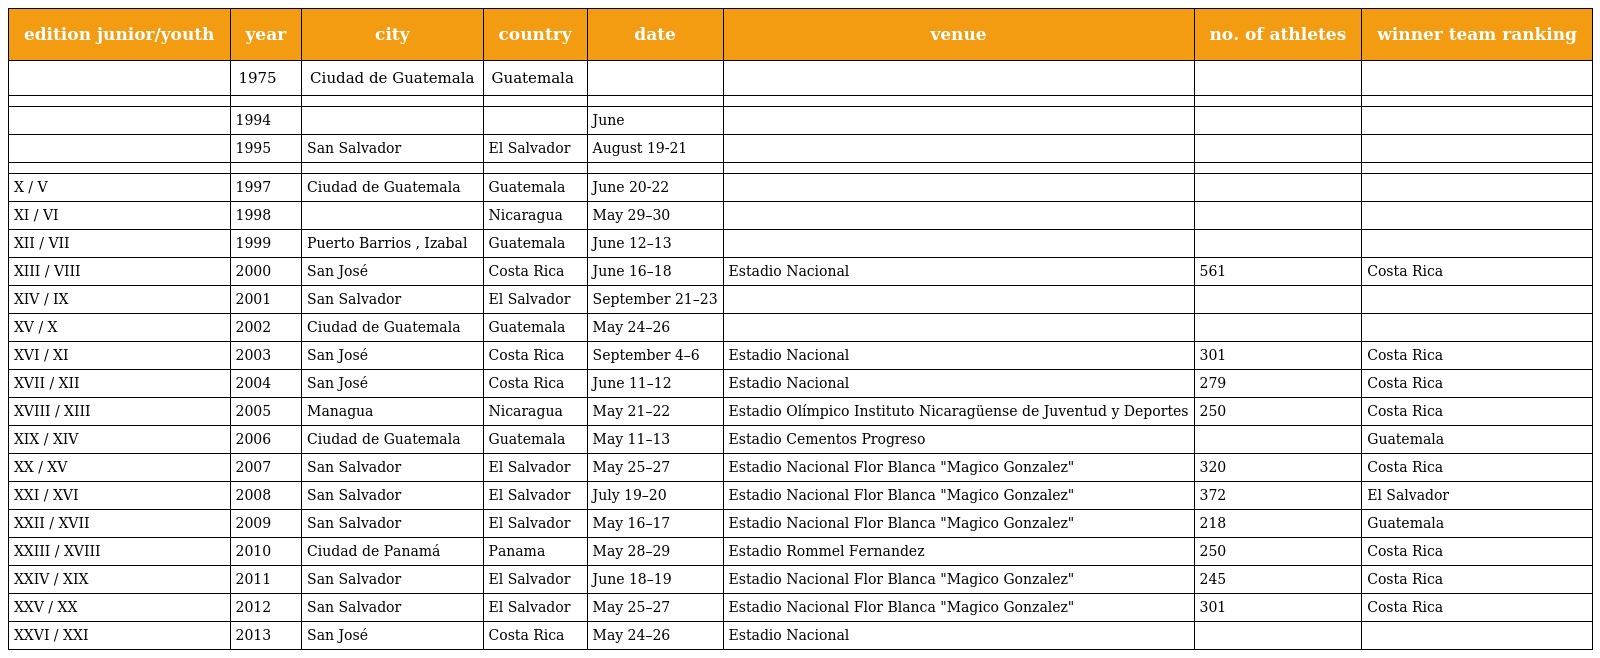
| edition junior/youth | year | city | country | date | venue | no. of athletes | winner team ranking |
 | --- | --- | --- | --- | --- | --- | --- | --- |
 |  | 1975 | Ciudad de Guatemala | Guatemala |  |  |  |  |
 |  |  |  |  |  |  |  |  |
 |  | 1994 |  |  | June |  |  |  |
 |  | 1995 | San Salvador | El Salvador | August 19-21 |  |  |  |
 |  |  |  |  |  |  |  |  |
 | X / V | 1997 | Ciudad de Guatemala | Guatemala | June 20-22 |  |  |  |
 | XI / VI | 1998 |  | Nicaragua | May 29–30 |  |  |  |
 | XII / VII | 1999 | Puerto Barrios , Izabal | Guatemala | June 12–13 |  |  |  |
 | XIII / VIII | 2000 | San José | Costa Rica | June 16–18 | Estadio Nacional | 561 | Costa Rica |
 | XIV / IX | 2001 | San Salvador | El Salvador | September 21–23 |  |  |  |
 | XV / X | 2002 | Ciudad de Guatemala | Guatemala | May 24–26 |  |  |  |
 | XVI / XI | 2003 | San José | Costa Rica | September 4–6 | Estadio Nacional | 301 | Costa Rica |
 | XVII / XII | 2004 | San José | Costa Rica | June 11–12 | Estadio Nacional | 279 | Costa Rica |
 | XVIII / XIII | 2005 | Managua | Nicaragua | May 21–22 | Estadio Olímpico Instituto Nicaragüense de Juventud y Deportes | 250 | Costa Rica |
 | XIX / XIV | 2006 | Ciudad de Guatemala | Guatemala | May 11–13 | Estadio Cementos Progreso |  | Guatemala |
 | XX / XV | 2007 | San Salvador | El Salvador | May 25–27 | Estadio Nacional Flor Blanca "Magico Gonzalez" | 320 | Costa Rica |
 | XXI / XVI | 2008 | San Salvador | El Salvador | July 19–20 | Estadio Nacional Flor Blanca "Magico Gonzalez" | 372 | El Salvador |
 | XXII / XVII | 2009 | San Salvador | El Salvador | May 16–17 | Estadio Nacional Flor Blanca "Magico Gonzalez" | 218 | Guatemala |
 | XXIII / XVIII | 2010 | Ciudad de Panamá | Panama | May 28–29 | Estadio Rommel Fernandez | 250 | Costa Rica |
 | XXIV / XIX | 2011 | San Salvador | El Salvador | June 18–19 | Estadio Nacional Flor Blanca "Magico Gonzalez" | 245 | Costa Rica |
 | XXV / XX | 2012 | San Salvador | El Salvador | May 25–27 | Estadio Nacional Flor Blanca "Magico Gonzalez" | 301 | Costa Rica |
 | XXVI / XXI | 2013 | San José | Costa Rica | May 24–26 | Estadio Nacional |  |  |